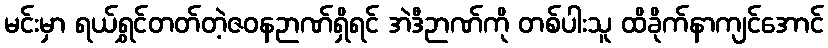
မင်းမှာ ရယ်ရွှင်တတ်တဲ့ဇဝနဉာဏ်ရှိရင် အဲဒီဉာဏ်ကို တစ်ပါးသူ ထိခိုက်နာကျင်အောင်